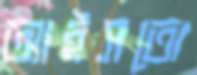
আইসতো